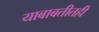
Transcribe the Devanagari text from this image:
याबाबतीतही